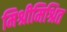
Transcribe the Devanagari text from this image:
मिश्रीमिश्रित